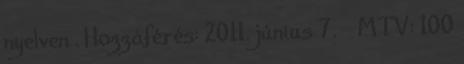
nyelven . Hozzáférés: 2011. június 7. ↑ MTV: 100